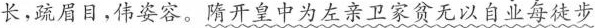
长，疏眉目，伟姿容。隋开皇中为左亲卫家贫无以自业每徒步